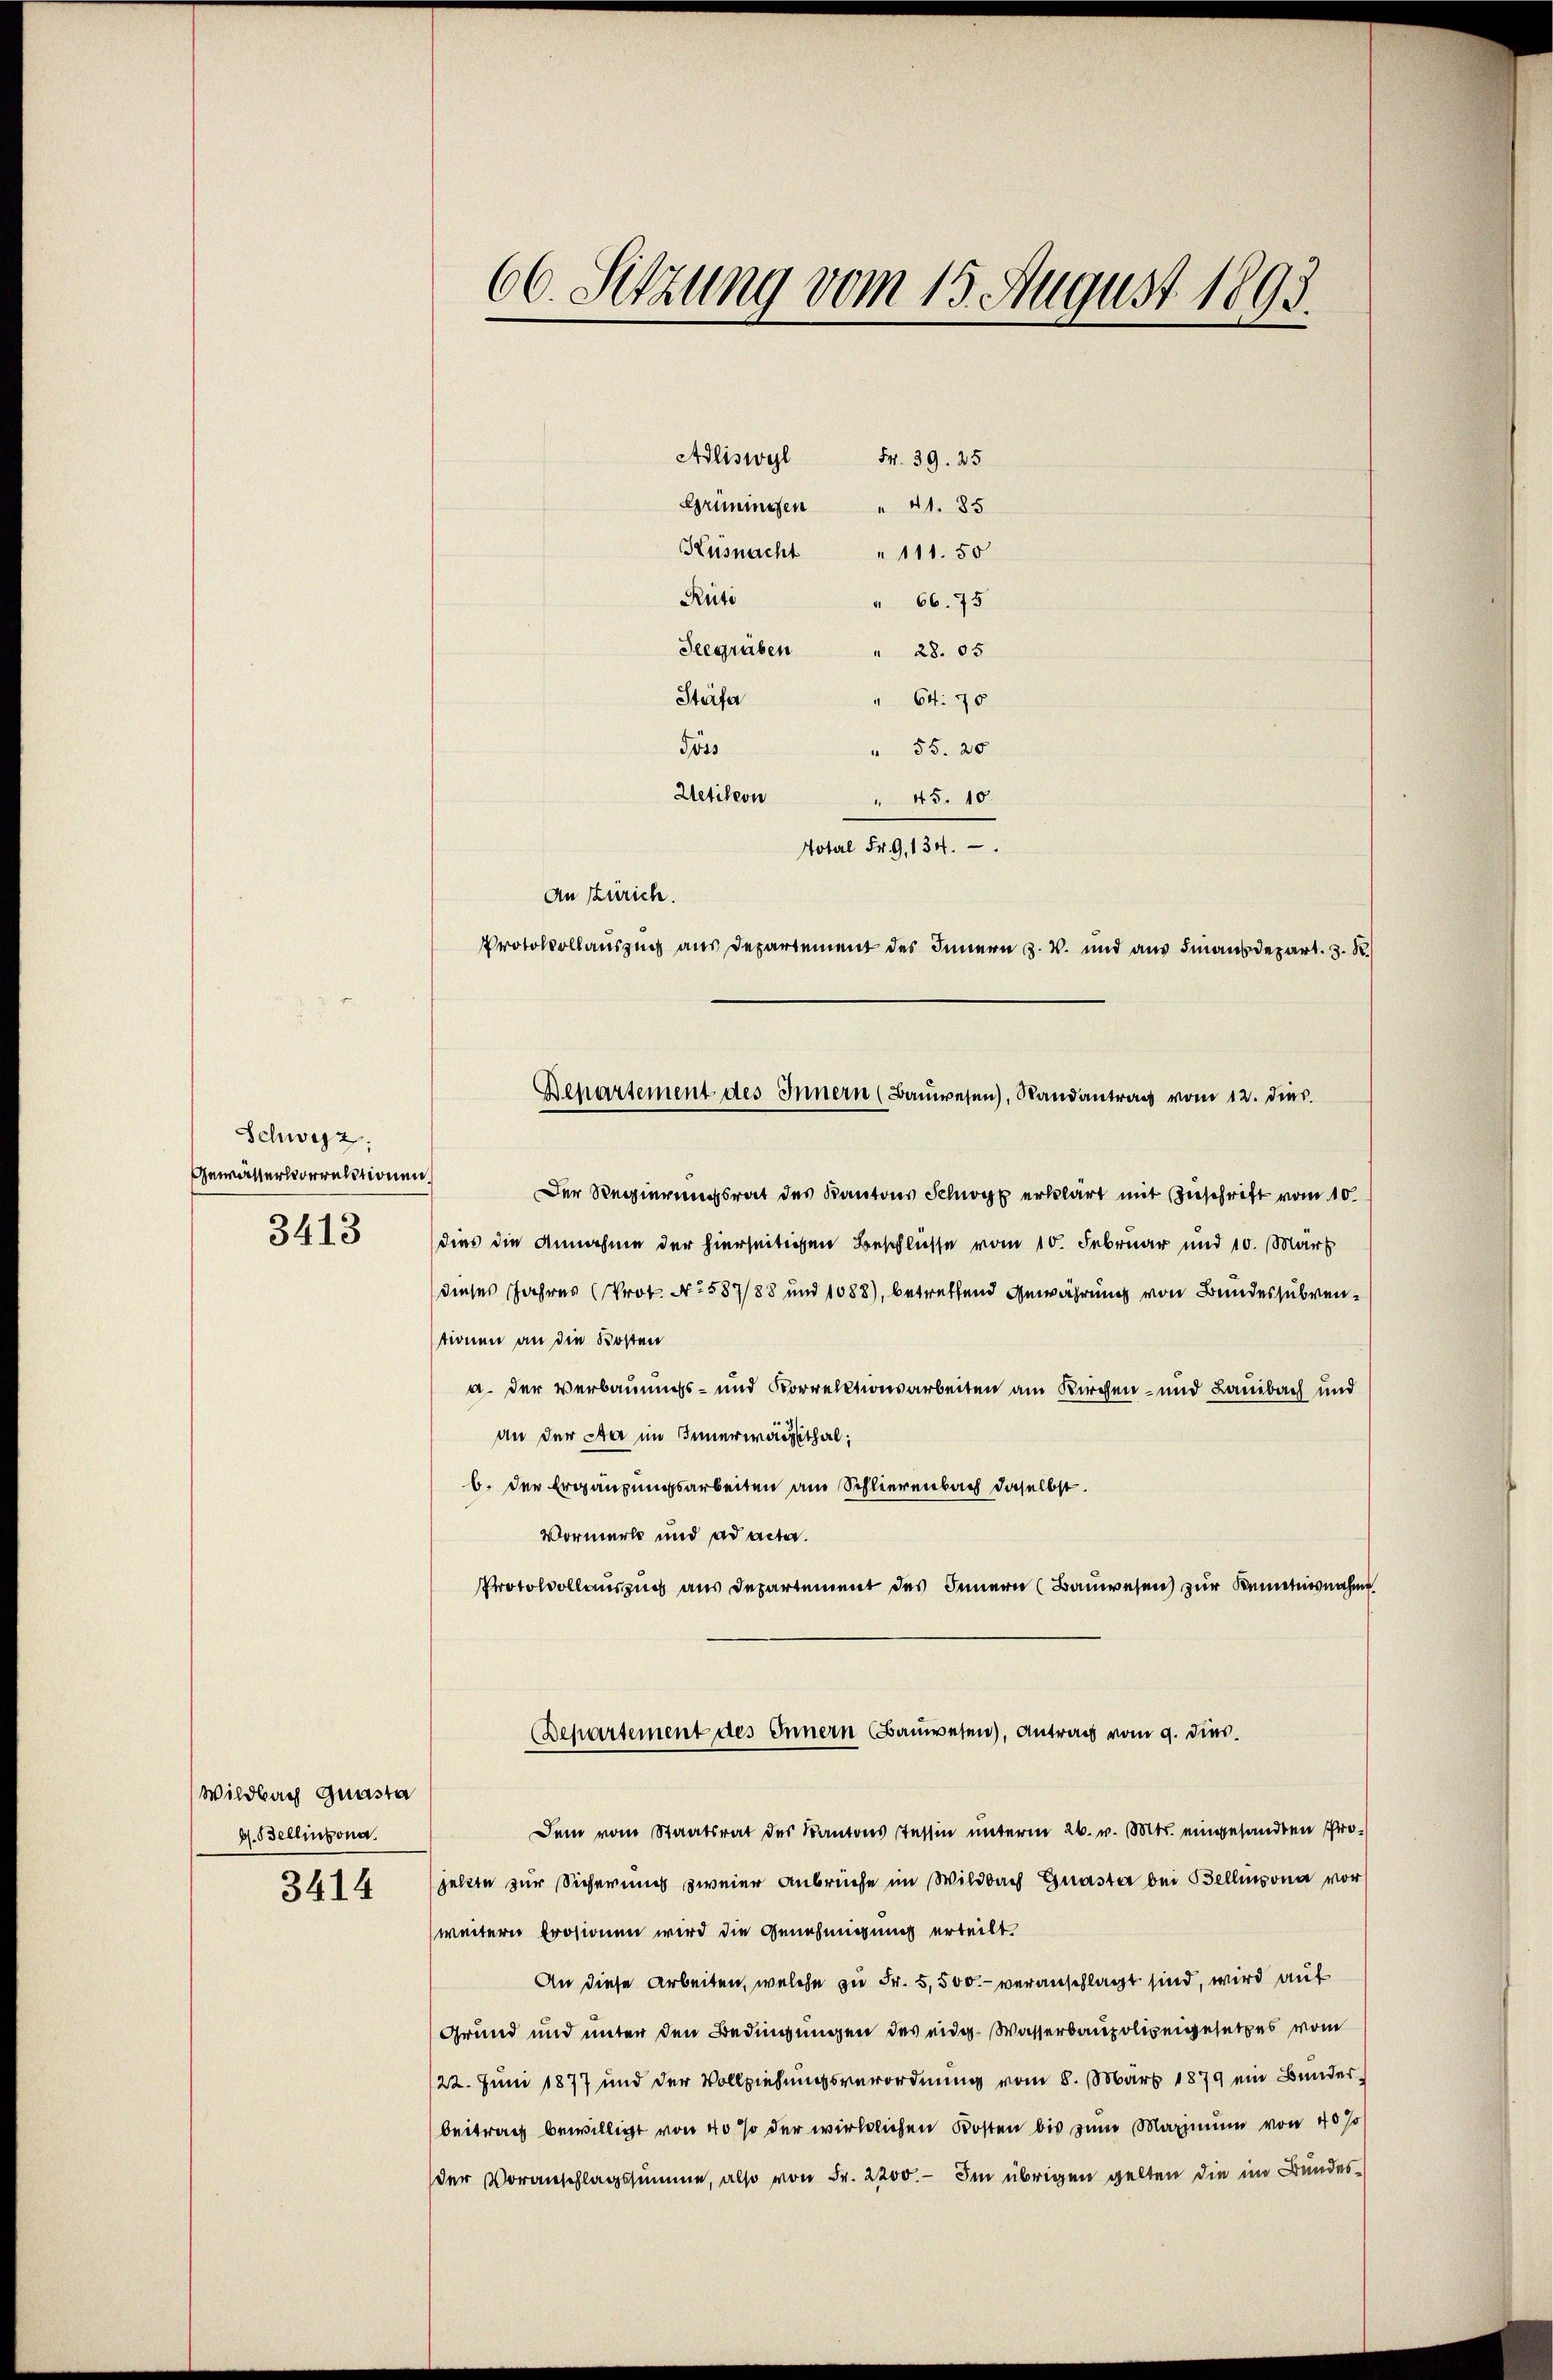
Schwyz:
Gewässervorrektione
3413

(Wildbach quasta
d. Bellinzona.
3414

66. Setzung vom 15. August 1893.
Stäfa
" 64. 70
" 55. 20
Jöss
Uetikon
" 45. 10.
Hotel Fr. 9, 134.
An Zürich.
Protokollauszug aus Departement des Innern z. B. und aus Finanzdepart. 3. R.

Adliswyl Fr. 39. 25
Griminesen " 41. 85
Küsnacht " 111. 50
Rüti
" 66. 75
Seegruben
28. 05

Der Regierungsrat des Kantons Schwyz erklärt mit Zuschrift vom 10.
dies die Annahme der hierseitigen Beschlüsse vom 10. Februar und 10. März
dieses Jahres (Prot. No 587/88 und 1088), betreffend Gewährung von Bundessubventionen an die Kosten
a. der Verbauungs- und Korrektionsarbeiten am Kirchen- und Lausbach und
an der Aer im Innerwarthal,
b. der Ergänzungsarbeiten am Schlierenbach daselbst.
Vormerk und ad acta.
Protocollauszug aus Departement des Innern (Bauwesen zur Kenntnisnahme
Departement des Innern Bauwesen), Antrag vom 9. dies.
Dem vom Staatsrat des Kantonsstessin unterm 26. v. Mts. eingesandten Projetzte zur Sicherung zweier Anbrüche im Wildbach Gnasta bei Bellinzona vor
weitern Prosionen wird die Genehmigung erteilt.
An diese Arbeiten, welche zu Fr. 5,500. veranschlagt sind, wird auf
Grund und unter den Bedingungen des eidg. Wasserbaupolizeigesetzes vom
22. Juni 1877 und der Vollziehungsverordnung vom 8. März 1879 ein Bunderbeitrag bewilligt von 40 so der wirklichen Kosten bis zum Maximum von 40%
der Voranschlagssumme, also von Fr. 2200.- Im übrigen gelten die im Bundes-

Bepartement des Innern (Bauwesen), Randantrag vom 12. dies